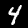
Digit: 4